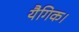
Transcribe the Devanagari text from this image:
यैगिक।